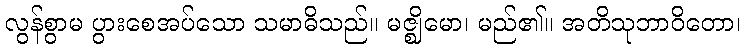
လွန်စွာမ ပွားစေအပ်သော သမာဓိသည်။ မဇ္ဈိမော၊ မည်၏။ အတိသုဘာဝိတော၊